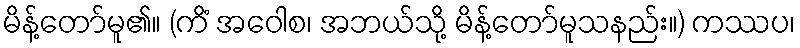
မိန့်တော်မူ၏။ (ကိံ အဝေါစ၊ အဘယ်သို့ မိန့်တော်မူသနည်း။) ကဿပ၊